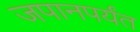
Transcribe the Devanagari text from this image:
जपानपर्यंत